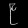
Digit: ၉